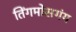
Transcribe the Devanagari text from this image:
तिंगमोसगंग